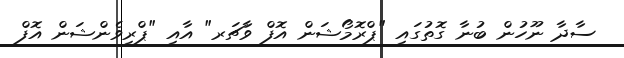
ސާދާ ނޫހުން ބުނާ ގޮތުގައި "ޕްރޮމޯޝަން އޮފް ވާޗަރ" އާއި "ޕްރިވެންޝަން އޮފް